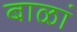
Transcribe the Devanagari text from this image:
बाळां